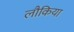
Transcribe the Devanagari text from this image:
लौकिया